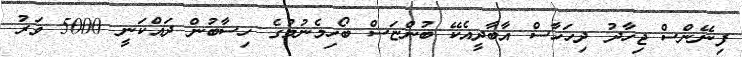
ފިނޭންސް ޖިހާދު ދިހަހާސް އާބާދީއެކޭ ބުންޏަސް ބޯހިމެނުމުގެ ހިސާބުން ދައްކަނީ 5000 ވަރު